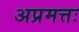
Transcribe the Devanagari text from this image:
अप्रमत्तः